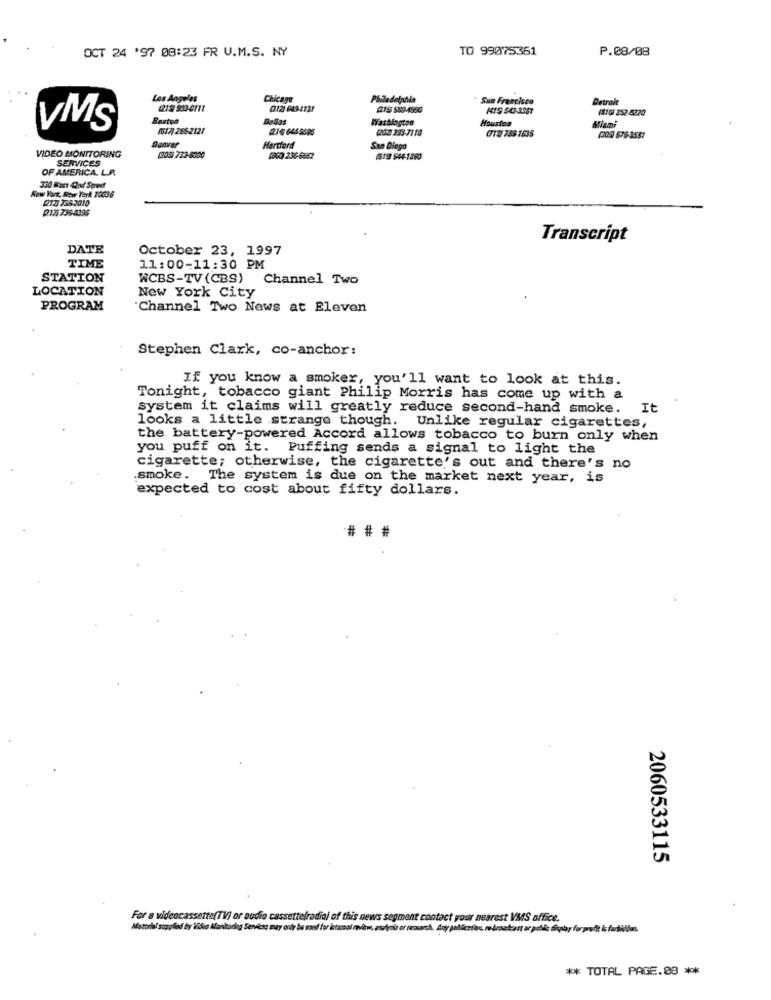
OCT 24 '97 08:23 FR U.M.S. NY
TO 99075361
P.08/08
Los Angeles
Chicago
Sun Francisco
Detroit
215 933-0111
(12) 649-1731
(11GI 352 -5220
Washlagten
Houston
VMS
(617] 2652121
214 644 5595
2202 393-71 10
(712) 758-1635
Danver
(305 576-3587
VIDEO MONITORING
Hardford
San Diego
SERVICES
(305) 733-8000
(860) 236-6662
1519 544-1860
OF AMERICA. L.A.
350 Fast And Sorest
New York, New York 10036
217) 7398395
Transcript
DATE
October 23, 1997
TIME
11:00-11:30 PM
STATION
WCBS-TV (CBS) Channel Two
LOCATION
New York City
PROGRAM
'Channel Two News at Eleven
Stephen Clark, co-anchor:
If you know a smoker, you'll want to look at this.
Tonight, tobacco giant Philip Morris has come up with a
system it claims will greatly reduce second-hand smoke. It
looks a little strange though. Unlike regular cigarettes,
the battery-powered Accord allows tobacco to burn only when
you puff on it. Puffing sends a signal to light the
cigarette; otherwise, the cigarette's out and there's no
.smoke. The system is due on the market next year, is
expected to cost about fifty dollars.
###
2060533115
For a videocassette(TV) or audio cassettefradioj of this news segment contact your nearest VMS office.
Matorial supplied by Videa Mankodeg Services muy only ba med for istasal mitw, asdiroù or renurch. Any pollicetes, re braakart er prble diaby forprofit & forbidm.
** TOTAL PAGE.08 **